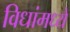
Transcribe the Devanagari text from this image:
विधांमध्ये